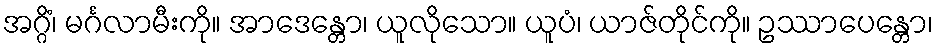
အဂ္ဂိံ၊ မင်္ဂလာမီးကို။ အာဒေန္တော၊ ယူလိုသော။ ယူပံ၊ ယာဇ်တိုင်ကို။ ဥဿာပေန္တော၊